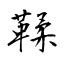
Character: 鞣